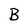
Character: B